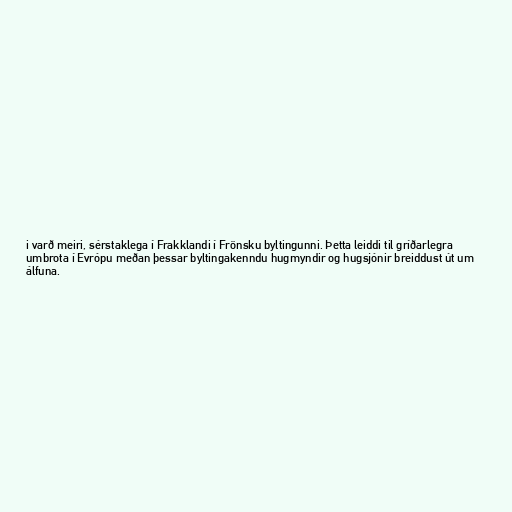
i varð meiri, sérstaklega í Frakklandi í Frönsku byltingunni. Þetta leiddi til gríðarlegra
umbrota í Evrópu meðan þessar byltingakenndu hugmyndir og hugsjónir breiddust út um
álfuna.